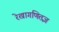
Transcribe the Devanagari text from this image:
रेखागणितज्ञ